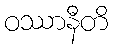
ဝဿာနီတိ